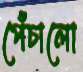
পেঁচালো